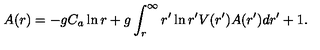
A ( r ) = - g C _ { a } \ln r + g \int _ { r } ^ { \infty } r ^ { \prime } \ln r ^ { \prime } V ( r ^ { \prime } ) A ( r ^ { \prime } ) d r ^ { \prime } + 1 .